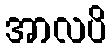
အာလပိ